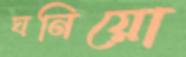
ঘনিয়ো